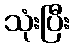
သုံးပြီး